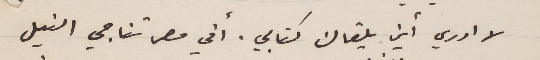
لا ادري أين يلقاك كتابي. أفي مصر تناجي النيل